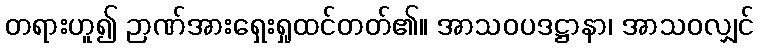
တရားဟူ၍ ဉာဏ်အားရှေးရှုထင်တတ်၏။ အာသဝပဒဋ္ဌာနာ၊ အာသဝလျှင်